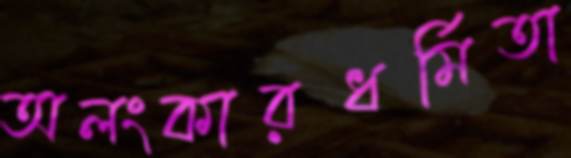
অলংকারধর্মিতা